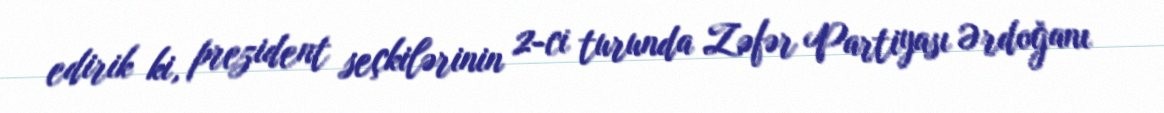
edirik ki, prezident seçkilərinin 2-ci turunda Zəfər Partiyası Ərdoğanı